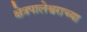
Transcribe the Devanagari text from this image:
क्षेत्रपालेश्वराच्या